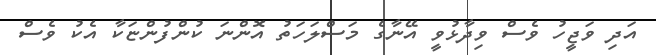
އަދި ވަޖީހު ވެސް ވިދާޅުވީ އޭނާގެ މަސްލަހަތު އޮންނަ ކުންފުންޏަކާ އެކު ވެސް